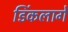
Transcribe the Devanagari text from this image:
डिंकलागे